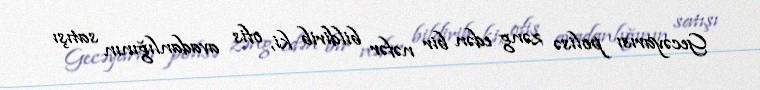
Gecəyarısı polisə zəng edən bir nəfər bildirib ki, ofis avadanlığının satışı